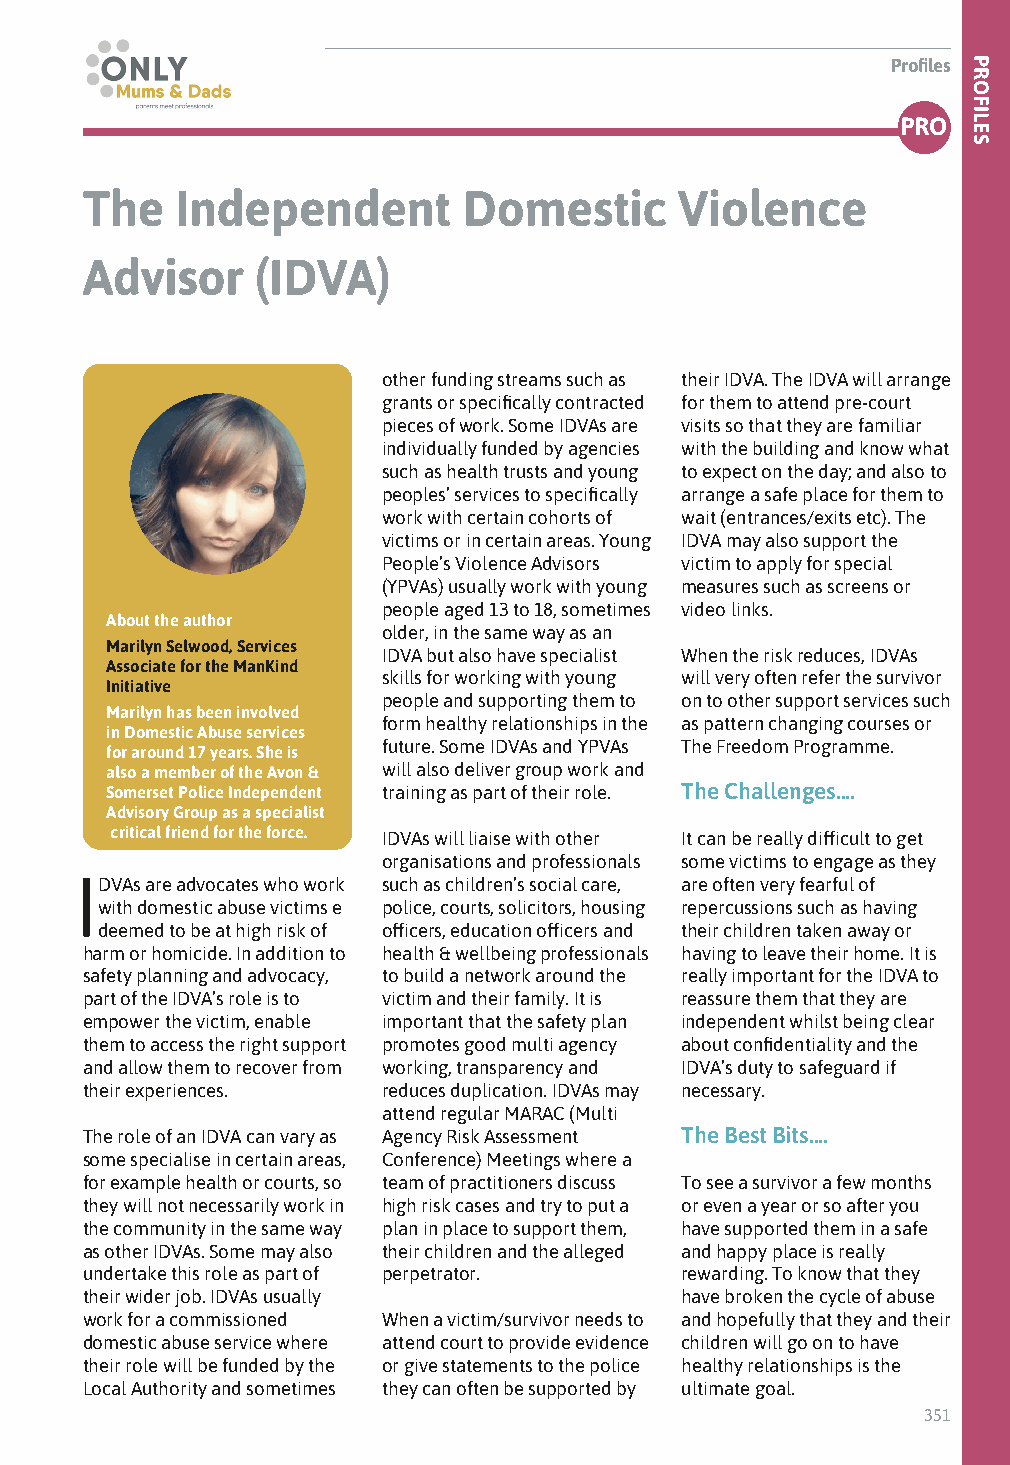
Profiles
 PRO
 The    Independent        Domestic      Violence
 Advisor     (IDVA)
 other funding streams such as their IDVA. The IDVA will arrange
 grants or specifically contracted for them to attend pre-court
 pieces of work. Some IDVAs are visits so that they are familiar
 individually funded by agencies with the building and know what
 such as health trusts and young to expect on the day; and also to
 peoples’ services to specifically arrange a safe place for them to
 work with certain cohorts of wait (entrances/exits etc). The
 victims or in certain areas. Young IDVA may also support the
 People’s Violence Advisors victim to apply for special
 (YPVAs) usually work with young measures such as screens or
 people aged 13 to 18, sometimes video links.
 About the author
 older, in the same way as an
 Marilyn Selwood, Services
 IDVA but also have specialist When the risk reduces, IDVAs
 Associate for the ManKind
 skills for working with young will very often refer the survivor
 Initiative
 people and supporting them to on to other support services such
 Marilyn has been involved
 form healthy relationships in the as pattern changing courses or
 in Domestic Abuse services
 future. Some IDVAs and YPVAs The Freedom Programme.
 for around 17 years. She is
 also a member of the Avon & will also deliver group work and
 Somerset Police Independent training as part of their role. The Challenges….
 Advisory Group as a specialist
 critical friend for the force. IDVAs will liaise with other It can be really difficult to get
 organisations and professionals some victims to engage as they
 IDVAs are advocates who work such as children’s social care, are often very fearful of
 with domestic abuse victims e police, courts, solicitors, housing repercussions such as having
 deemed to be at high risk of officers, education officers and their children taken away or
 harm or homicide. In addition to health & wellbeing professionals having to leave their home. It is
 safety planning and advocacy, to build a network around the really important for the IDVA to
 part of the IDVA’s role is to victim and their family. It is reassure them that they are
 empower the victim, enable important that the safety plan independent whilst being clear
 them to access the right support promotes good multi agency about confidentiality and the
 and allow them to recover from working, transparency and IDVA’s duty to safeguard if
 their experiences.  reduces duplication. IDVAs may necessary.
 attend regular MARAC (Multi
 The role of an IDVA can vary as Agency Risk Assessment The Best Bits….
 some specialise in certain areas, Conference) Meetings where a
 for example health or courts, so team of practitioners discuss To see a survivor a few months
 they will not necessarily work in high risk cases and try to put a or even a year or so after you
 the community in the same way plan in place to support them, have supported them in a safe
 as other IDVAs. Some may also their children and the alleged and happy place is really
 undertake this role as part of perpetrator. rewarding. To know that they
 their wider job. IDVAs usually          have broken the cycle of abuse
 work for a commissioned When a victim/survivor needs to and hopefully that they and their
 domestic abuse service where attend court to provide evidence children will go on to have
 their role will be funded by the or give statements to the police healthy relationships is the
 Local Authority and sometimes they can often be supported by ultimate goal.
 351
 PROFILES